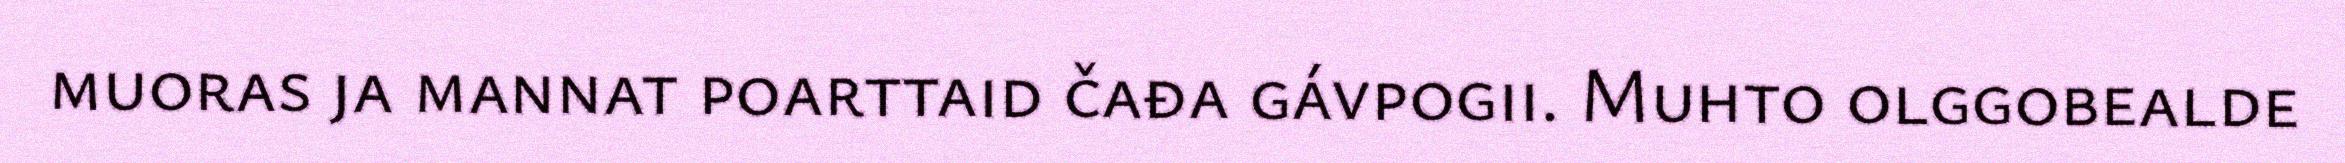
muoras ja mannat poarttaid čađa gávpogii. Muhto olggobealde